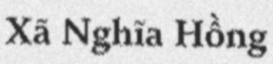
Xã Nghĩa Hồng